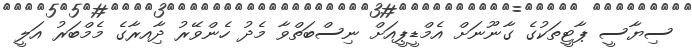
ސިޔާސީ ޕާޓީތަކުގެ ގާނޫނަށް އެމްޑީޕީއަށް ނިސްބަތްވާ މެދު ހެންވޭރު ދާިއރާގެ މެމްބަރު އަލީ